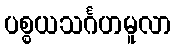
ပစ္စယသင်္ဂဟမူလာ